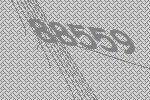
88559